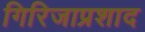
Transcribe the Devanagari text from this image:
गिरिजाप्रशाद